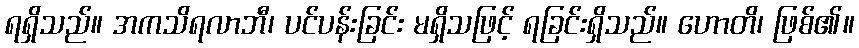
ရရှိသည်။ အကသိရလာဘီ၊ ပင်ပန်းခြင်း မရှိသဖြင့် ရခြင်းရှိသည်။ ဟောတိ၊ ဖြစ်၏။